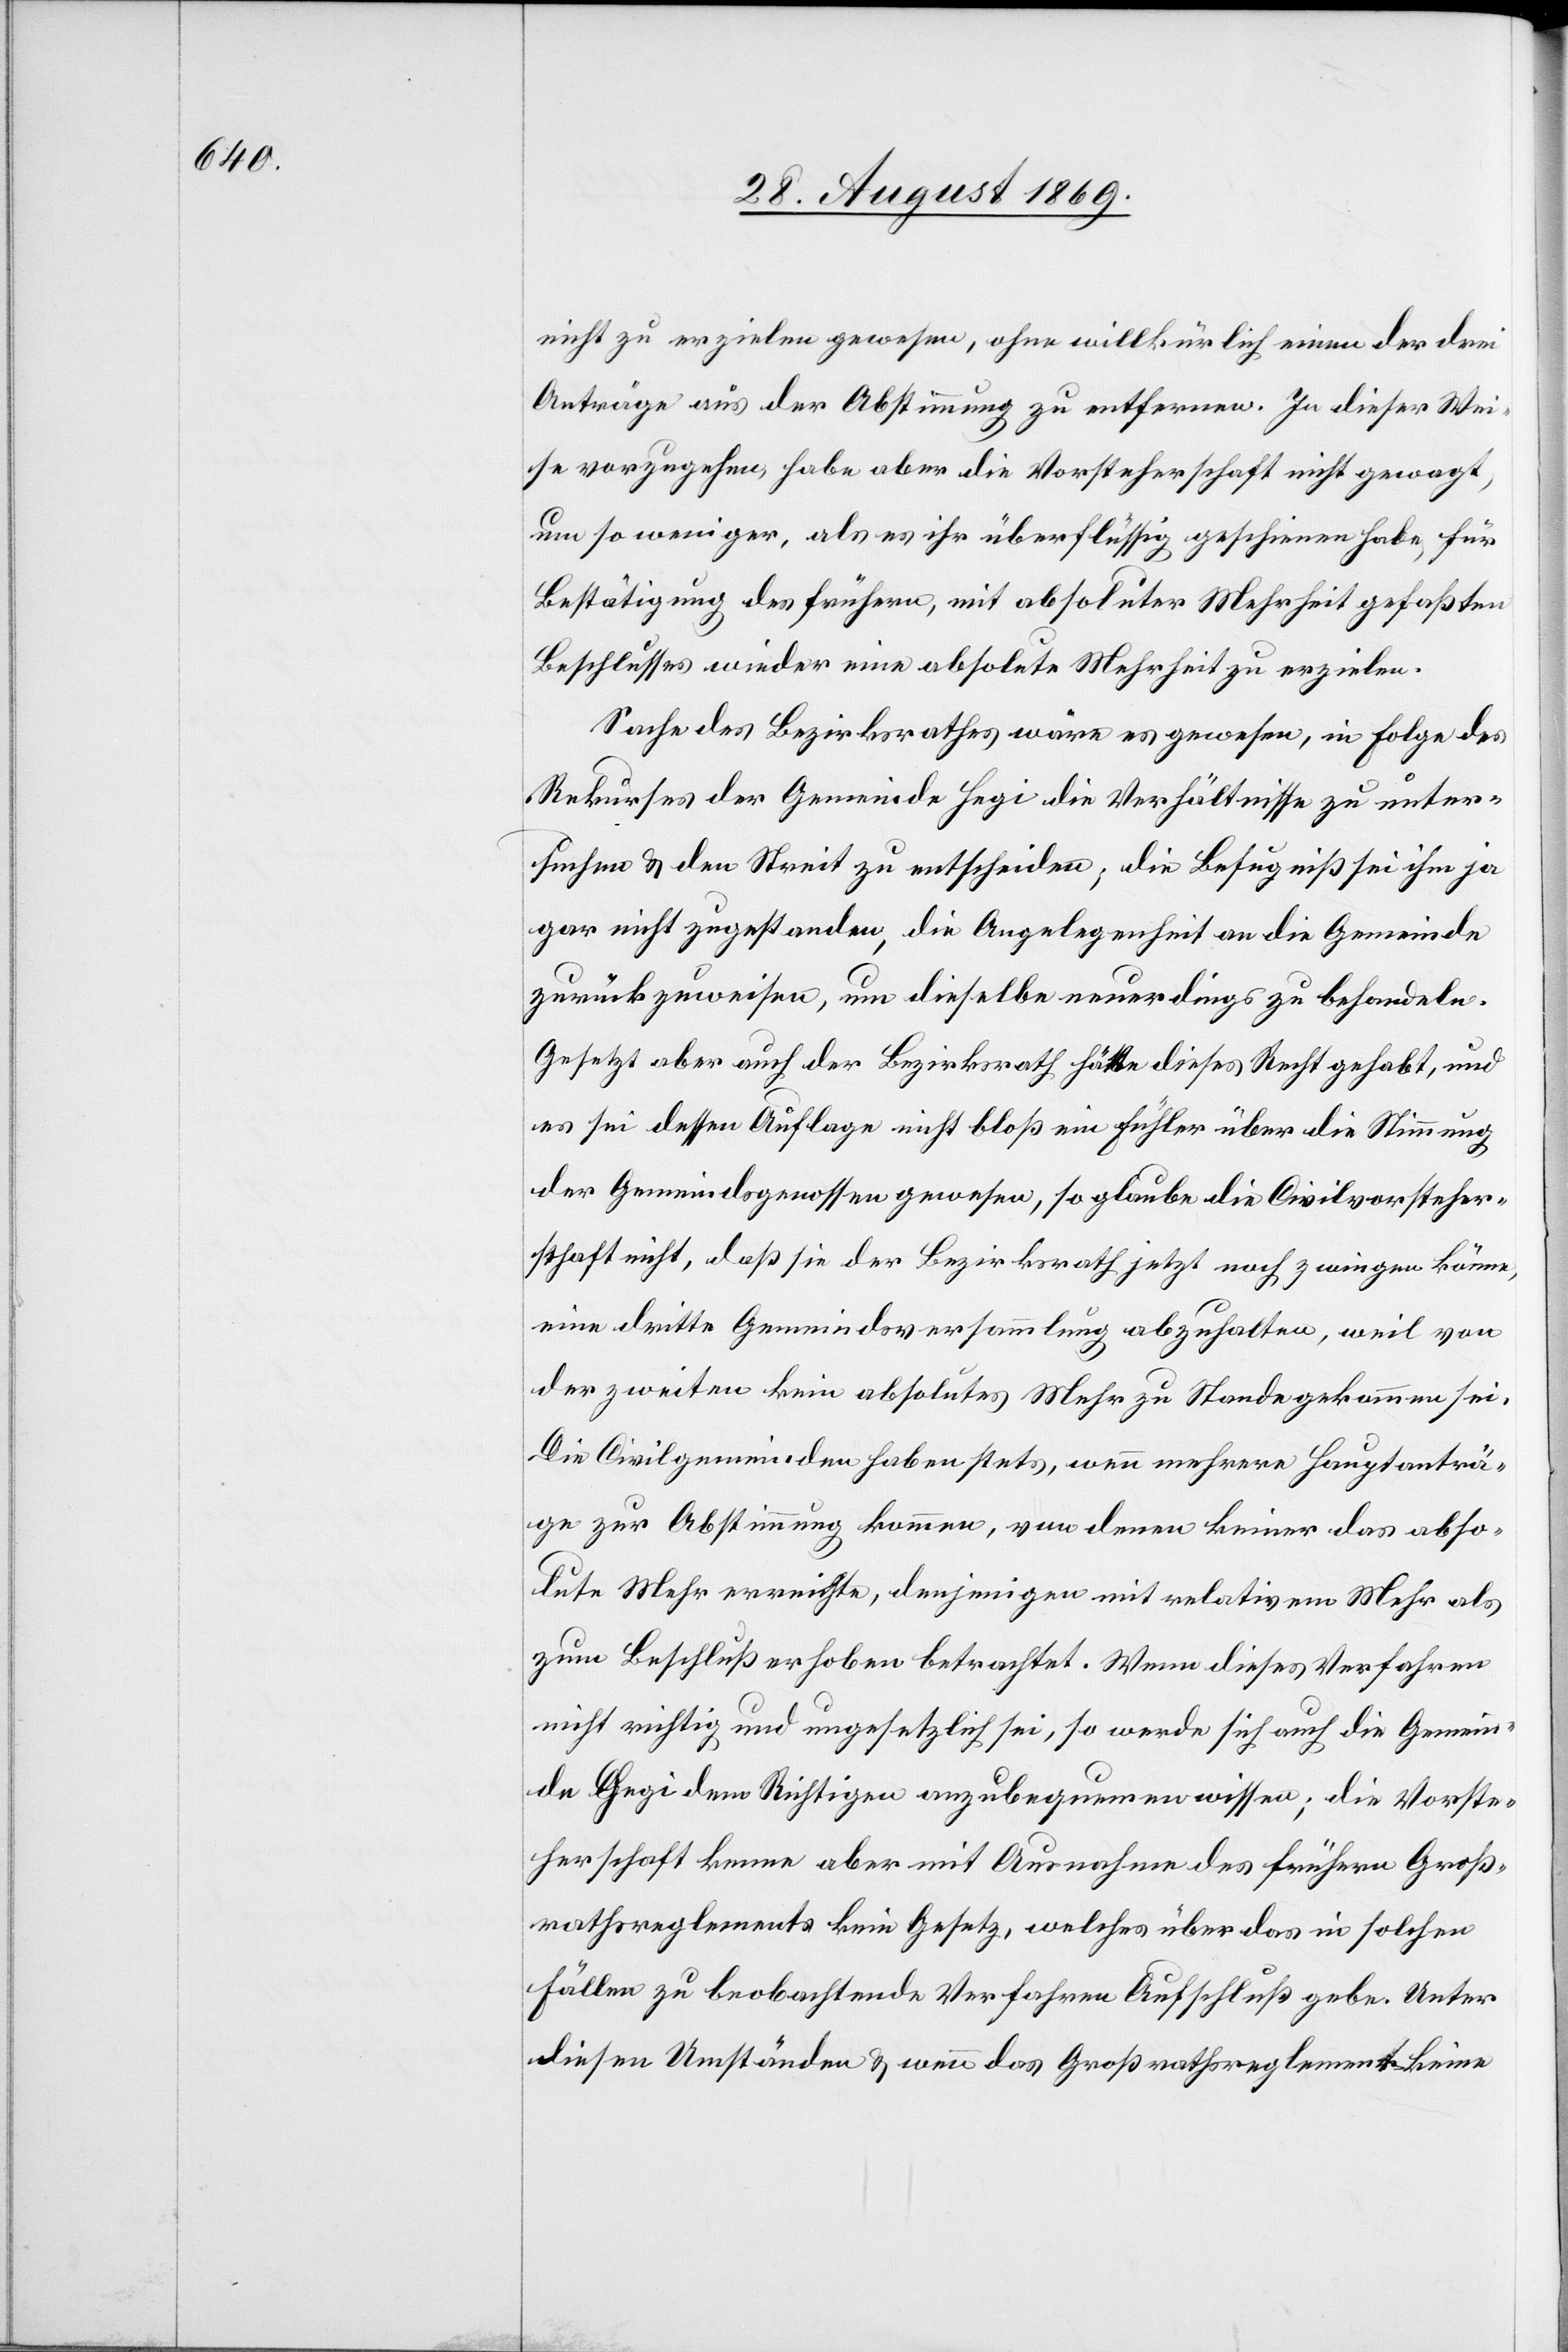
nicht zu erzielen gewesen, ohne willkürlich einen der drei
Anträge aus der Abstimmung zu entfernen. In dieser Wei¬
se vorzugehen, habe aber die Vorsteherschaft nicht gewagt,
um so weniger, als es ihr überflüssig geschienen habe, für
Bestätigung des frühern, mit absoluter Mehrheit gefaßten
Beschlusses wieder eine absolute Mehrheit zu erzielen.
Sache des Bezirksrathes wäre es gewesen, in Folge des
Rekurses der Gemeinde Hegi die Verhältnisse zu unter¬
suchen & den Streit zu entscheiden; die Befugniß sei ihm ja
gar nicht zugestanden, die Angelegenheit an die Gemeinde
zurückzuweisen, um dieselbe neuerdings zu behandeln.
Gesetzt aber auch der Bezirksrath hätte dieses Recht gehabt, und
es sei dessen Auflage nicht bloß ein Fühler über die Stimmung
der Gemeindsgenossen gewesen, so glaube die Civilvorsteher¬
schaft nicht, daß sie der Bezirksrath jetzt noch zwingen könne,
eine dritte Gemeindsversammlung abzuhalten, weil von
der zweiten kein absolutes Mehr zu Stande gekommen sei.
Die Civilgemeinden haben stets, wenn mehrere Hauptanträ¬
ge zur Abstimmung kommen, von denen keiner das abso¬
lute Mehr erreichte, denjenigen mit relativem Mehr als
zum Beschluß erhoben betrachtet. Wenn dieses Verfahren
nicht richtig und ungesetzlich sei, so werde sich auch die Gemein¬
de Hegi dem Richtigen anzubequemen wissen; die Vorste¬
herschaft kenne aber mit Ausnahme des frühern Groß¬
rathsreglements kein Gesetz, welches über das in solchen
Fällen zu beobachtende Verfahren Aufschluß gebe. Unter
diesen Umständen & wenn das Großrathsreglement keine